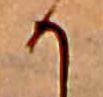
か